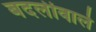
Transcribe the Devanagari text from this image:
बदलीवाले